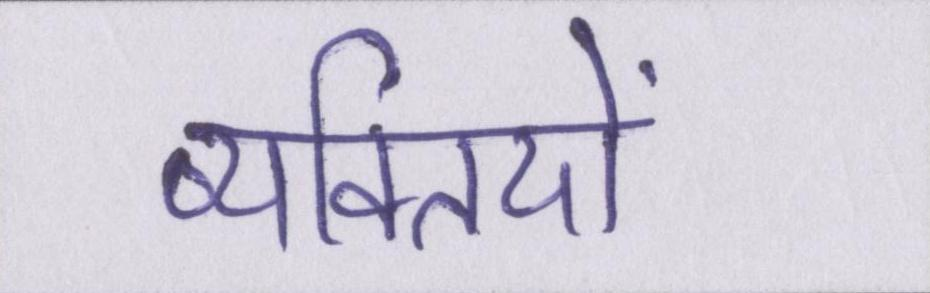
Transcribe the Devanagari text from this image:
व्यक्तियों